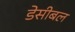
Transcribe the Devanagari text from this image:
डेसीबल